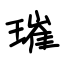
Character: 璀